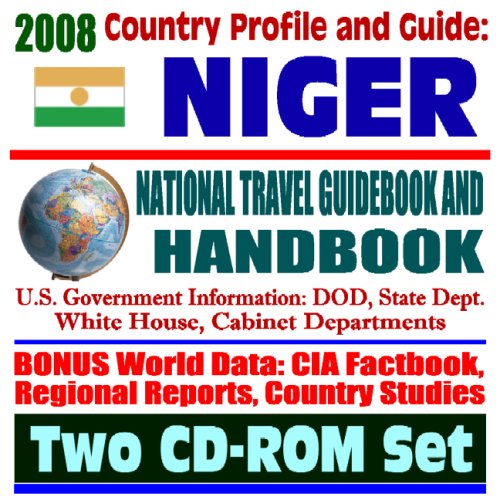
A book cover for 2008 Country Profile and Guide to Niger - National Travel Guidebook and Handbook - Uranium, Peace Corps, Niamey, Business (Two CD-ROM Set); U.S. Government; Travel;